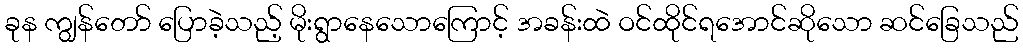
ခုန ကျွန်တော် ပြောခဲ့သည့် မိုးရွာနေသောကြောင့် အခန်းထဲ ဝင်ထိုင်ရအောင်ဆိုသော ဆင်ခြေသည်